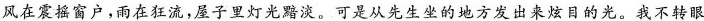
风在震摇窗户，雨在狂流，厘子里灯光黯淡，可是从先生坐的地方发出来炫目的光。我不转眼